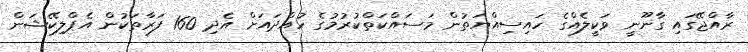
ރާއްޖޭގައި ގާނޫނީ ވަކީލެއްގެ ހައިސިއްޔަތުން މަސައްކަތްކުރުމުގެ ހުއްދައަށް އެދި 160 ފަރާތަކުން އެޕްލިކޭޝަން